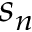
s _ { n }